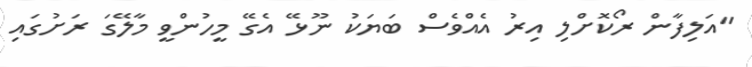
"އަލިފާން ރޯކޮށްލި އިރު އެއްވެސް ބަޔަކު ނޫޅޭ އެގޭ މީހުންވީ މާލޭގަ ރަށުގައި